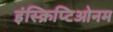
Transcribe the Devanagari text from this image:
इंस्क्रिप्टिओनम